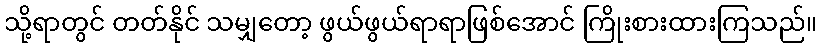
သို့ရာတွင် တတ်နိုင် သမျှတော့ ဖွယ်ဖွယ်ရာရာဖြစ်အောင် ကြိုးစားထားကြသည်။